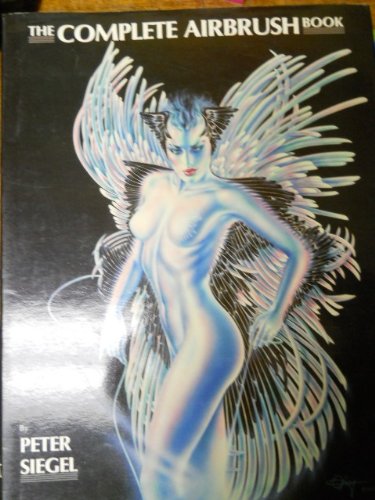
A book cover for The Complete Airbrush Book; Peter Siegal; Arts & Photography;